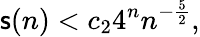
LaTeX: \mathsf{s}(n)<c_{2}4^{n}n^{-{\frac{{5}}{{2}}}},